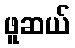
ဖူဆယ်